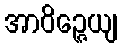
အာဝိဉ္ဇေယျ